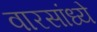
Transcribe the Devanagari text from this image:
वारसांध्ये